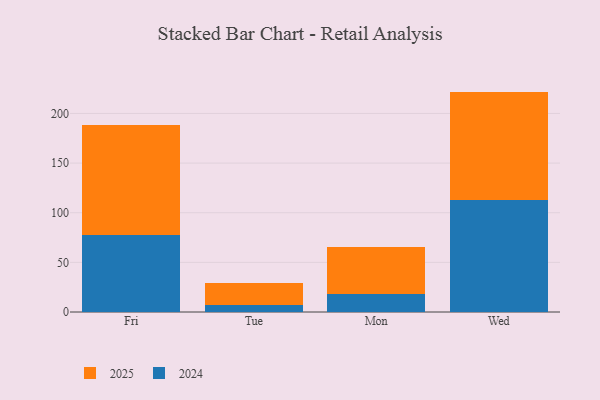
{"axis": {"x": "Day", "y": "Inventory Turnover"}, "legend": ["2024", "2025"], "data": [{"x": "Fri", "y": 77.4, "type": "2024"}, {"x": "Fri", "y": 110.8, "type": "2025"}, {"x": "Tue", "y": 7.1, "type": "2024"}, {"x": "Tue", "y": 22.6, "type": "2025"}, {"x": "Mon", "y": 18.5, "type": "2024"}, {"x": "Mon", "y": 46.6, "type": "2025"}, {"x": "Wed", "y": 113.0, "type": "2024"}, {"x": "Wed", "y": 109.0, "type": "2025"}]}